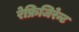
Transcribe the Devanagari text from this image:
रेफ्रिजिरेन्ट